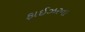
ફાઈઝરના